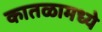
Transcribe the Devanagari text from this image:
कातळामध्ये